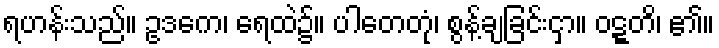
ရဟန်းသည်။ ဥဒကေ၊ ရေထဲ၌။ ပါတေတုံ၊ စွန့်ချခြင်းငှာ။ ဝဋ္ဋတိ၊ ၏။